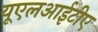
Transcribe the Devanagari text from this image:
यूएलआईटीए